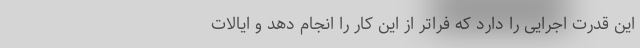
این قدرت اجرایی را دارد که فراتر از این کار را انجام دهد و ایالات